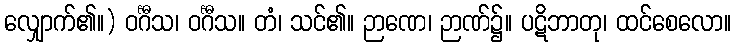
လျှောက်၏။) ဝင်္ဂီသ၊ ဝင်္ဂီသ။ တံ၊ သင်၏။ ဉာဏေ၊ ဉာဏ်၌။ ပဋိဘာတု၊ ထင်စေလော။